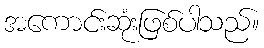
အကောင်းဆုံးဖြစ်ပါသည်။